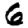
Digit: 6